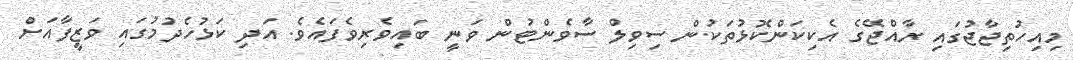
މިއިހުތިޖާޖުގައި ރާއްޖޭގެ އެކިކަންކޮޅުތަކުން ސިވިލް ސާވެންޓުން ވަނީ ބައިވެރިވެފައެވެ. އަދި ކަޅުހެދުމުގައި ވަޒީފާއަށް